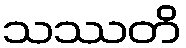
သဿတိ